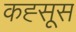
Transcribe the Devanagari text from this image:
कह्सूस